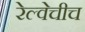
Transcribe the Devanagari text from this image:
रेल्वेचीच